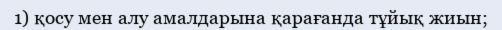
1) қосу мен алу амалдарына қарағанда тұйық жиын;